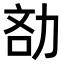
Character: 𠡧